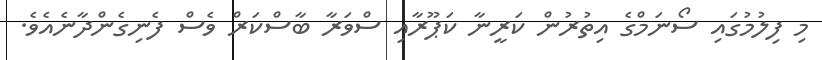
މި ފިލުމުގައި ސޯނަމްގެ އިތުރުން ކަރީނާ ކަޕޫރާއި ސްވަރާ ބާސްކަރް ވެސް ފެނިގެންދާނެއެވެ.